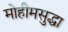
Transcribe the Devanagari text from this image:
मोहीमसुद्धा